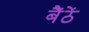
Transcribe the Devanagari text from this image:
बैंठें